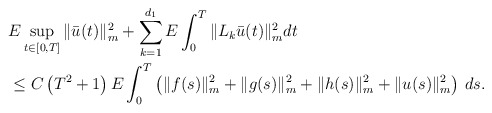
\begin{align*}&E\sup_{t\in[0,T]}\|\bar u(t)\|_m^2+\sum_{k=1}^{d_1}E\int_{0}^T\|L_k\bar u(t)\|_m^2dt\\&\leq C\left(T^2+1\right)E\int_{0}^T \left(\|f(s)\|_m^2+\|g(s)\|_m^2+\|h(s)\|_m^2+\|u(s)\|_m^2\right)\,ds.\end{align*}